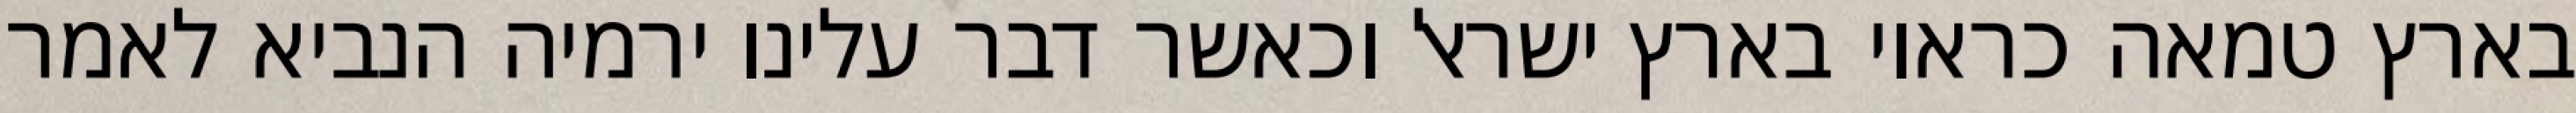
בארץ טמאה כראוי בארץ ישראל וכאשר דבר עלינו ירמיה הנביא לאמר